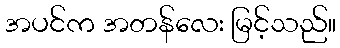
အပင်က အတန်လေး မြင့်သည်။